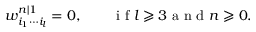
w _ { i _ { 1 } \cdots i _ { l } } ^ { n | 1 } = 0 , \qquad \mathrm { ~ i ~ f ~ } l \geqslant 3 \mathrm { ~ a ~ n ~ d ~ } n \geqslant 0 .